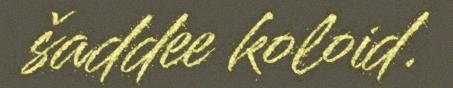
šaddee koloid.